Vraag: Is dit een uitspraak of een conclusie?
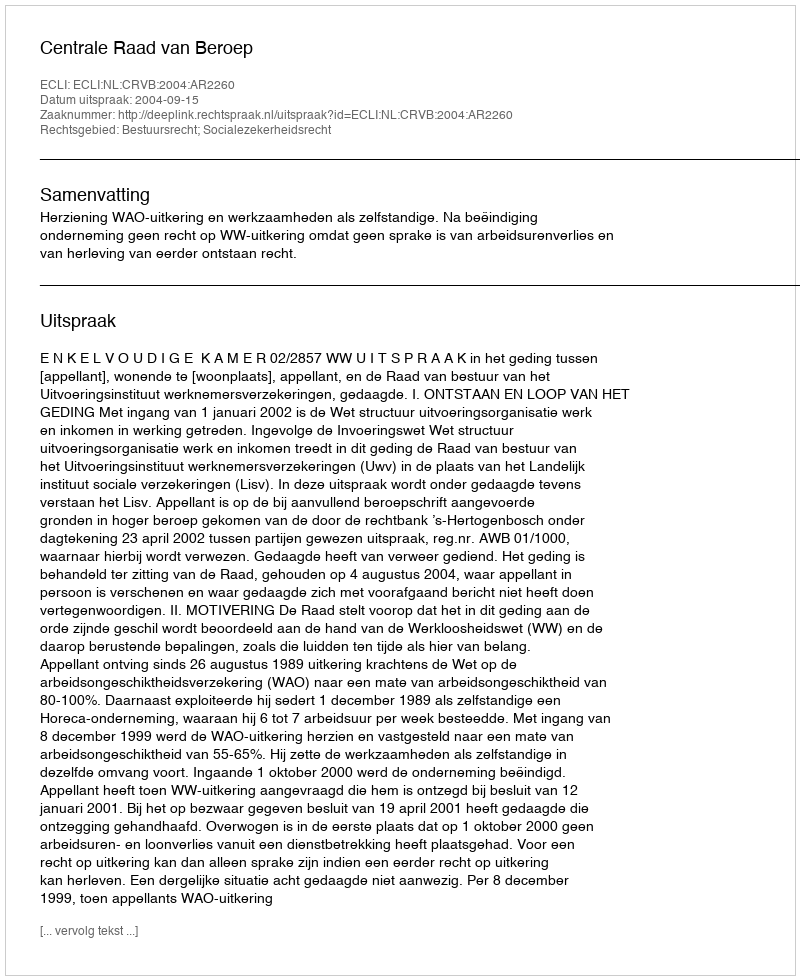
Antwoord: Uitspraak